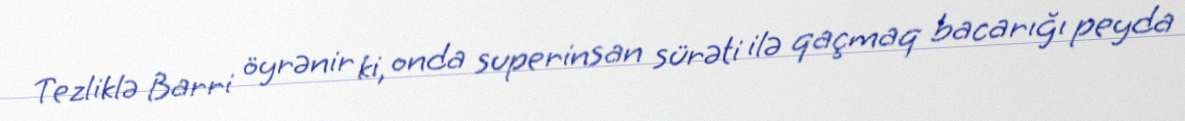
Tezliklə Barri öyrənir ki, onda superinsan sürəti ilə qaçmaq bacarığı peyda